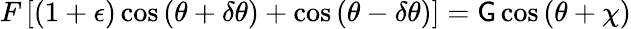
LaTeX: F\left[\left(1+\epsilon\right)\cos\left(\theta+\delta\theta\right)+\cos\left(\theta-\delta\theta\right)\right]=\mathsf{G}\cos\left(\theta+\chi\right)